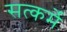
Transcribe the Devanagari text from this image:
सत्कर्मे